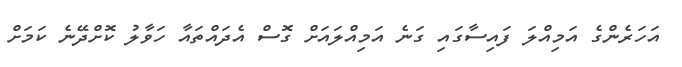
އަހަރެންގެ އަމިއްލަ ފައިސާގައި ގަނެ އަމިއްލައަށް ގޮސް އެދައްތައާ ހަވާލު ކޮށްދޭނެ ކަމަށް